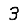
Digit: 3